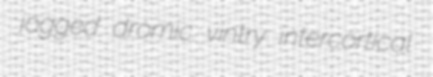
jogged dromic vintry intercortical